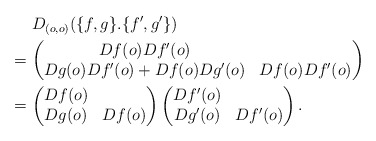
\begin{align*}&\hphantom{{}={}}D_{(o,o)}(\{f,g\}.\{f',g'\})\\*&=\begin{pmatrix}Df(o)Df'(o)\\Dg(o)Df'(o)+Df(o)Dg'(o) & Df(o)Df'(o)\end{pmatrix}\\*&=\begin{pmatrix}Df(o)\\Dg(o) & Df(o)\end{pmatrix}\begin{pmatrix}Df'(o)\\Dg'(o) & Df'(o)\end{pmatrix}.\end{align*}